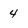
Character: 4